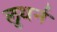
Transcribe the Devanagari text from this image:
लुथर्न